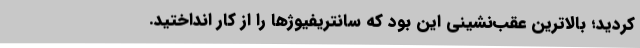
کردید؛ بالاترین عقب‌نشینی این بود که سانتریفیوژها را از کار انداختید.